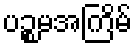
ပဉ္စမအကြိမ်